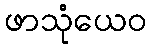
ဖာသုံယေဝ